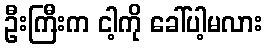
ဦးကြီးက ငါ့ကို ခေါ်ပါ့မလား